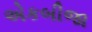
એકબીજા